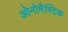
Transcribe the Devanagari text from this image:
ओनोमैस्टिक